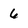
Character: 6